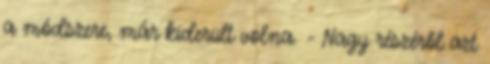
a módszere, már kiderült volna. - Nagy részéről azt